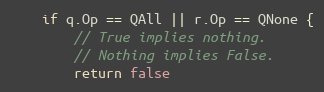
Language: Go
	if q.Op == QAll || r.Op == QNone {
		// True implies nothing.
		// Nothing implies False.
		return false